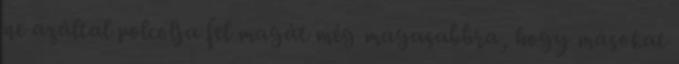
ne azáltal polcolja fel magát még magasabbra, hogy másokat